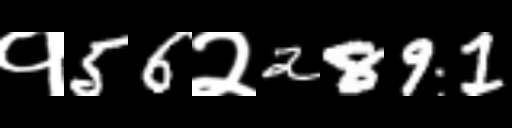
Text: १56२2891